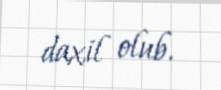
daxil olub.